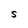
Character: S